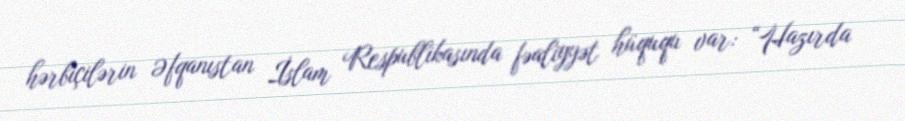
hərbiçilərin Əfqanıstan İslam Respublikasında fəaliyyət hüququ var: “Hazırda